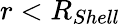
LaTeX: r<R_{Shell}